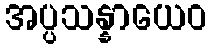
အပ္ပသန္နာယေဝ